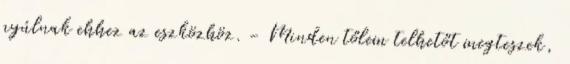
nyúlnak ehhez az eszközhöz. - Minden tőlem telhetőt megteszek,